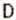
D